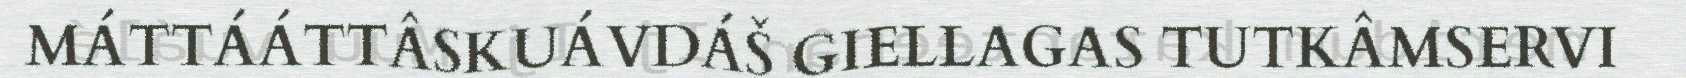
MÁTTÁÁTTÂSKUÁVDÁŠ GIELLAGAS TUTKÂMSERVI